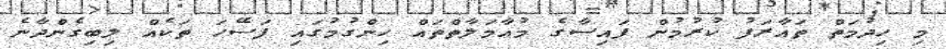
މި ހިދުމަތް ތައާރަފު ކުރުމުން ފައިސާގެ މުއާމަލާތްތައް ހިންގުމުގައި ފަސޭހަ ތަކެއް ލިބިގެންދާނެ